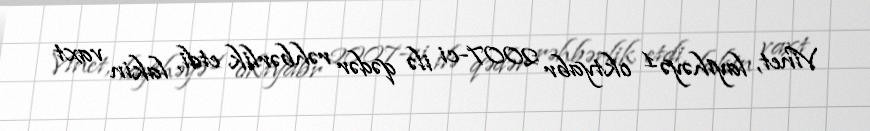
Vinet, layihəyə 1 oktyabr 2007-ci ilə qədər rəhbərlik etdi, lakin vaxt